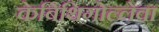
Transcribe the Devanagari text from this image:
केबिथिगोल्लेवा